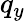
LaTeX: q_{y}